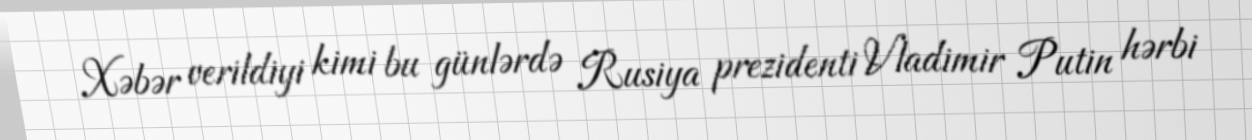
Xəbər verildiyi kimi bu günlərdə Rusiya prezidenti Vladimir Putin hərbi